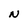
Character: N